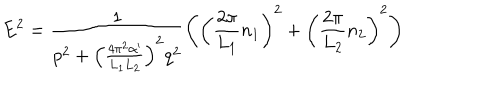
LaTeX: E ^ { 2 } = \frac { 1 } { p ^ { 2 } + \left( \frac { 4 \pi ^ { 2 } \alpha ^ { \prime } } { L _ { 1 } L _ { 2 } } \right) ^ { 2 } q ^ { 2 } } \left( \left( \frac { 2 \pi } { L _ { 1 } } n _ { 1 } \right) ^ { 2 } + \left( \frac { 2 \pi } { L _ { 2 } } n _ { 2 } \right) ^ { 2 } \right)